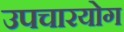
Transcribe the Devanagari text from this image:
उपचारयोग